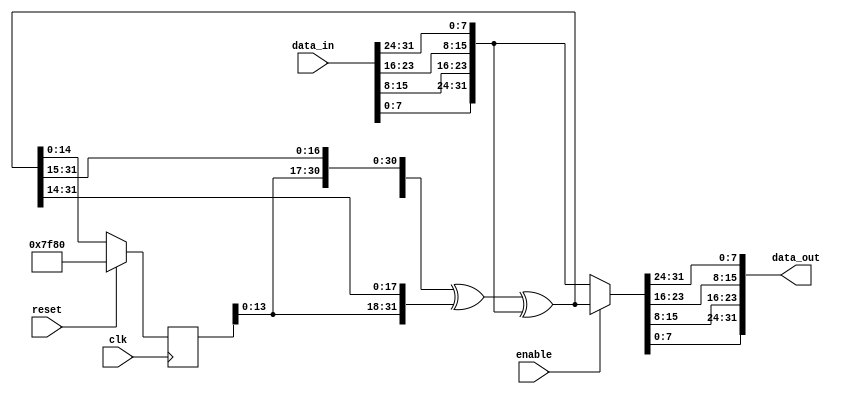
//
// The ADI JESD204 Core is released under the following license, which is
// different than all other HDL cores in this repository.
//
// Please read this, and understand the freedoms and responsibilities you have
// by using this source code/core.
//
// The JESD204 HDL, is copyright  2016-2017 Analog Devices Inc.
//
// This core is free software, you can use run, copy, study, change, ask
// questions about and improve this core. Distribution of source, or resulting
// binaries (including those inside an FPGA or ASIC) require you to release the
// source of the entire project (excluding the system libraries provide by the
// tools/compiler/FPGA vendor). These are the terms of the GNU General Public
// License version 2 as published by the Free Software Foundation.
//
// This core  is distributed in the hope that it will be useful, but WITHOUT ANY
// WARRANTY; without even the implied warranty of MERCHANTABILITY or FITNESS FOR
// A PARTICULAR PURPOSE. See the GNU General Public License for more details.
//
// You should have received a copy of the GNU General Public License version 2
// along with this source code, and binary.  If not, see
// <http://www.gnu.org/licenses/>.
//
// Commercial licenses (with commercial support) of this JESD204 core are also
// available under terms different than the General Public License. (e.g. they
// do not require you to accompany any image (FPGA or ASIC) using the JESD204
// core with any corresponding source code.) For these alternate terms you must
// purchase a license from Analog Devices Technology Licensing Office. Users
// interested in such a license should contact jesd204-licensing@analog.com for
// more information. This commercial license is sub-licensable (if you purchase
// chips from Analog Devices, incorporate them into your PCB level product, and
// purchase a JESD204 license, end users of your product will also have a
// license to use this core in a commercial setting without releasing their
// source code).
//
// In addition, we kindly ask you to acknowledge ADI in any program, application
// or publication in which you use this JESD204 HDL core. (You are not required
// to do so; it is up to your common sense to decide whether you want to comply
// with this request or not.) For general publications, we suggest referencing :
// The design and implementation of the JESD204 HDL Core used in this project
// is copyright  2016-2017, Analog Devices, Inc.
//

`timescale 1ns/100ps

module jesd204_scrambler #(
  parameter WIDTH = 32,
  parameter DESCRAMBLE = 0
) (
  input clk,
  input reset,

  input enable,

  input [WIDTH-1:0] data_in,
  output [WIDTH-1:0] data_out
);

reg [14:0] state = 'h7f80;
reg [WIDTH-1:0] swizzle_out;
wire [WIDTH-1:0] swizzle_in;
wire [WIDTH-1:0] feedback;
wire [WIDTH-1+15:0] full_state;

generate
genvar i;
for (i = 0; i < WIDTH / 8; i = i + 1) begin: gen_swizzle
  assign swizzle_in[WIDTH-1-i*8:WIDTH-i*8-8] = data_in[i*8+7:i*8];
  assign data_out[WIDTH-1-i*8:WIDTH-i*8-8] = swizzle_out[i*8+7:i*8];
end
endgenerate

assign full_state = {state,DESCRAMBLE ? swizzle_in : feedback};
assign feedback = full_state[WIDTH-1+15:15] ^ full_state[WIDTH-1+14:14] ^ swizzle_in;

always @(*) begin
  if (enable == 1'b0) begin
    swizzle_out = swizzle_in;
  end else begin
    swizzle_out = feedback;
  end
end

always @(posedge clk) begin
  if (reset == 1'b1) begin
    state <= 'h7f80;
  end else begin
    state <= full_state[14:0];
  end
end

endmodule